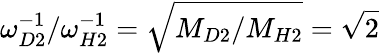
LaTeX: \omega_{D2}^{-1}/\omega_{H2}^{-1}=\sqrt{M_{D2}/M_{H2}}=\sqrt{2}